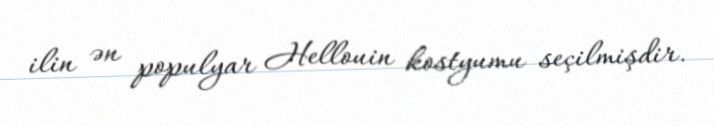
ilin ən populyar Hellouin kostyumu seçilmişdir.